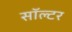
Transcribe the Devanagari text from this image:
सॉल्टर